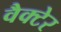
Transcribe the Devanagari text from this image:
वैक्टेर